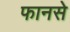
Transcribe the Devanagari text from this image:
फानसे